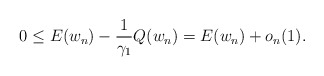
\begin{align*}0 \leq E(w_n)-\frac{1}{\gamma_1}Q(w_n)=E(w_n) +o_n(1).\end{align*}